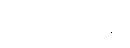
ယင်းစီမံကိန်း